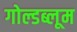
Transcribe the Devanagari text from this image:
गोल्डब्लूम